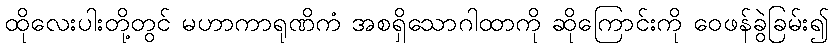
ထိုလေးပါးတို့တွင် မဟာကာရုဏိကံ အစရှိသောဂါထာကို ဆိုကြောင်းကို ဝေဖန်ခွဲခြမ်း၍